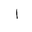
Letter: _alif